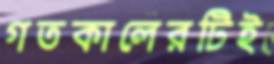
গতকালেরটিই